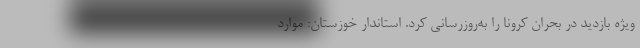
ویژه بازدید در بحران کرونا را به‌روزرسانی کرد. استاندار خوزستان: موارد